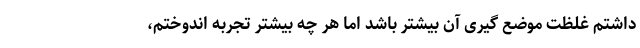
داشتم غلظت موضع گیری آن بیشتر باشد اما هر چه بیشتر تجربه اندوختم،